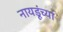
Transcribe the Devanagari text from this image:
नायडूंच्या